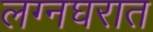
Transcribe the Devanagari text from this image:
लग्नघरात